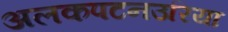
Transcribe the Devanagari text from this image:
अलकपटनउरिया